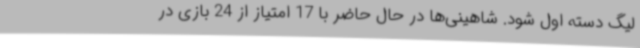
لیگ دسته اول شود. شاهینی‌ها در حال حاضر با 17 امتیاز از 24 بازی در